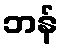
ဘန်